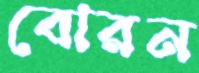
বোরন